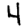
Digit: 4